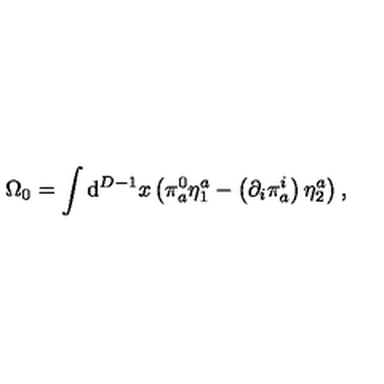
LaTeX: \Omega _ { 0 } = \int \mathrm { d } ^ { D - 1 } x \left( \pi _ { a } ^ { 0 } \eta _ { 1 } ^ { a } - \left( \partial _ { i } \pi _ { a } ^ { i } \right) \eta _ { 2 } ^ { a } \right) ,